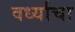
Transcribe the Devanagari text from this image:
वर्ध्याचा